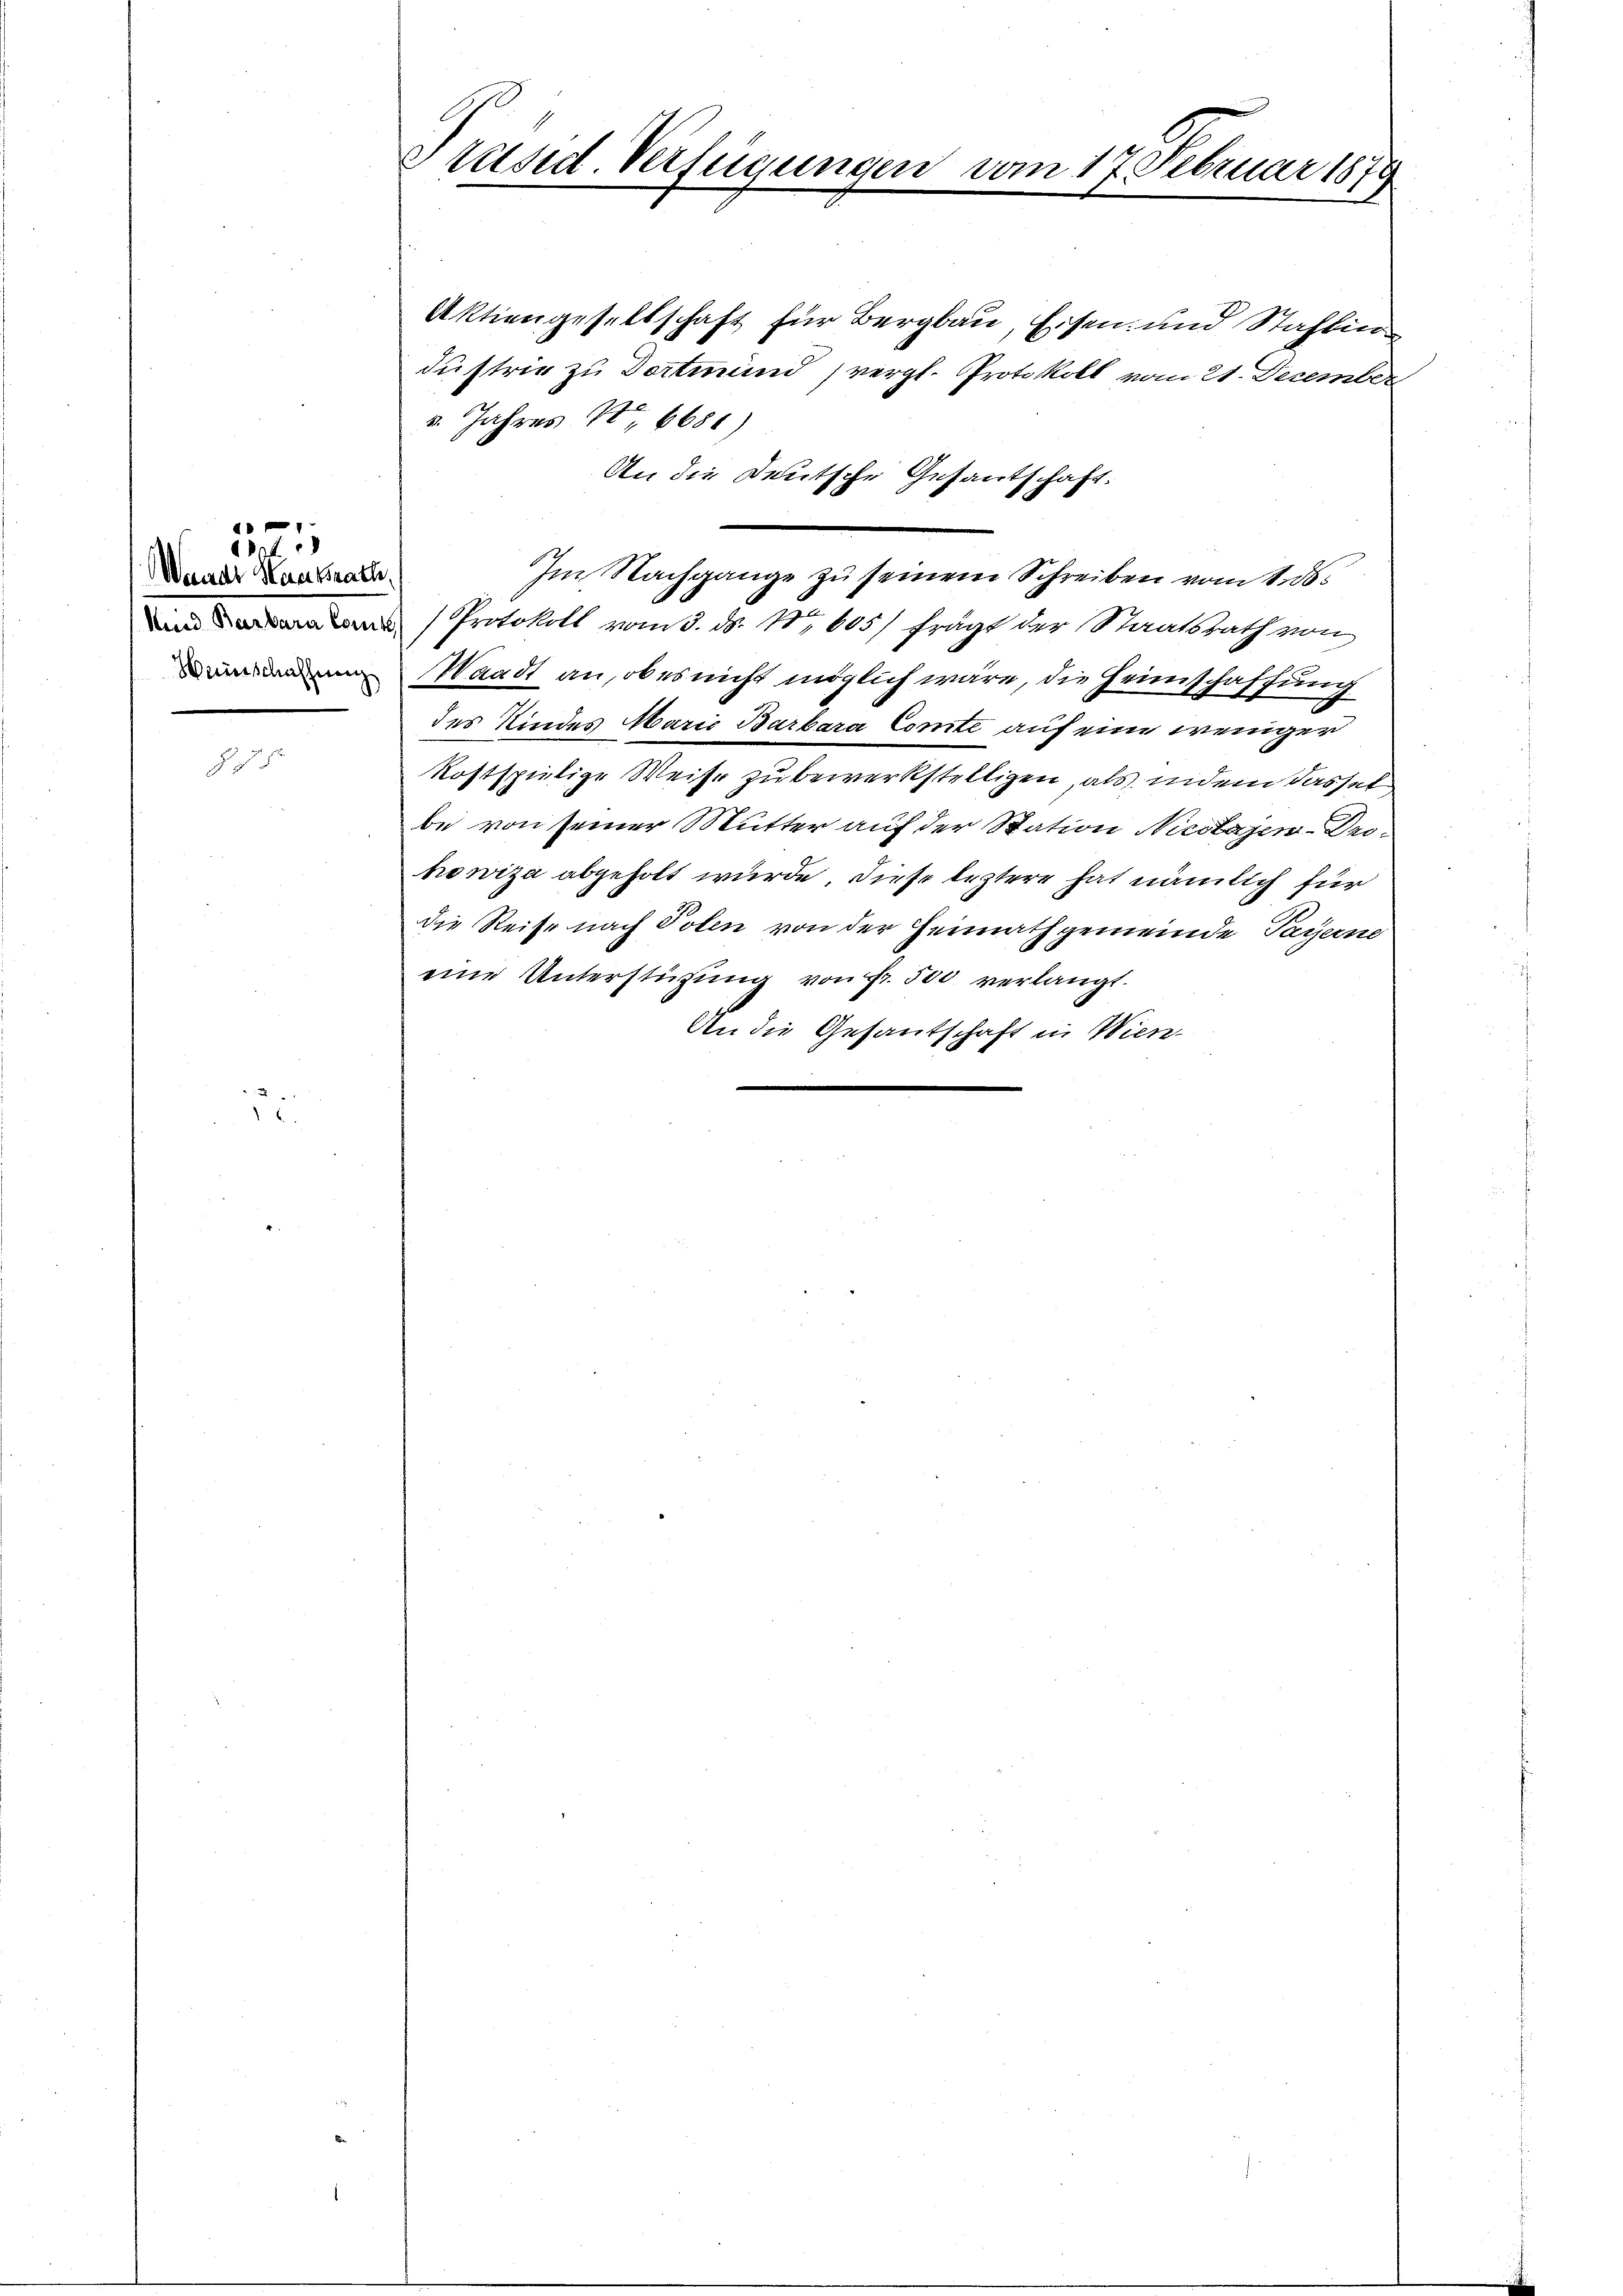
d

J

e

1

1834.
Waadt Haar Brach
Heinschaffung

Präsid. Verfügungen vom 17. Februar 1879

Aktiengesellschaft für Bergbau, Eisen und Stahlin
düstrie zu Dortmund vergl. Protokoll vom 21. December
. Jahres No 6688)
An die Deutsche Gesantschaft.
Im Nachgange zu seinem Schreiben vom 1. ds.
 Protokoll vom 3. d. 1. 605/ frägt der Staatsrath von
Waadt an, ob es nicht möglich wäre, die Heimschaffung
des Kindes Marie Barbara Comte auf eine weniger
kostspielige Weise zu bewerkstelligen, als indem dassel
be von seiner Mutter auf der Station Nicolazen-Dehowiza abgeholt wurde, diese leztere hat nämlich für
die Reise nach Polen von der Heimathgemeinde Payerne
eine Unterstützung von Fr. 500 verlangt.
An die Gesandschaft in Wien-